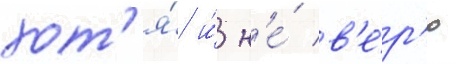
хот'я́ и́ н'е́ в'е́р'ю